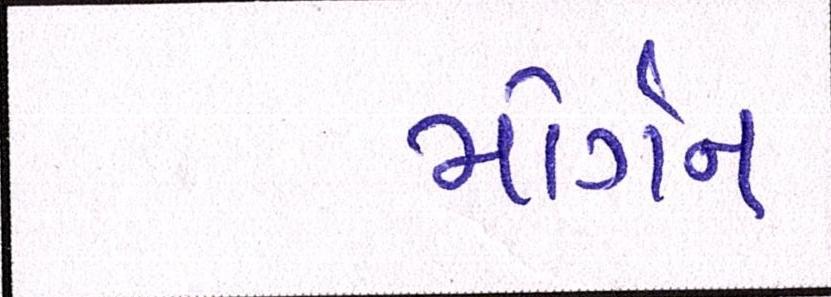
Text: મોર્ગન